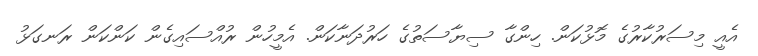
އެއީ މިސަރުކާރުގެ މޮޅުކަން. ހިންގާ ސިޔާސަތުގެ ހަރުދަނާކަން. އެމީހުން ރުއްސައިގެން ކަންކަން ރަނގަޅު